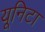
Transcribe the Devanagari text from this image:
यूनिटा